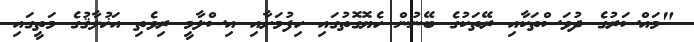
"މައްސަރުގެ ދުވަސްތަކާއި ރޭތަކުގެ ބޭނުން ހެޔޮގޮތުގައި ހިފުމަށާއި އިސްލާމީ ރިވެތި އަޚުލާޤުގެ މަތީގައި